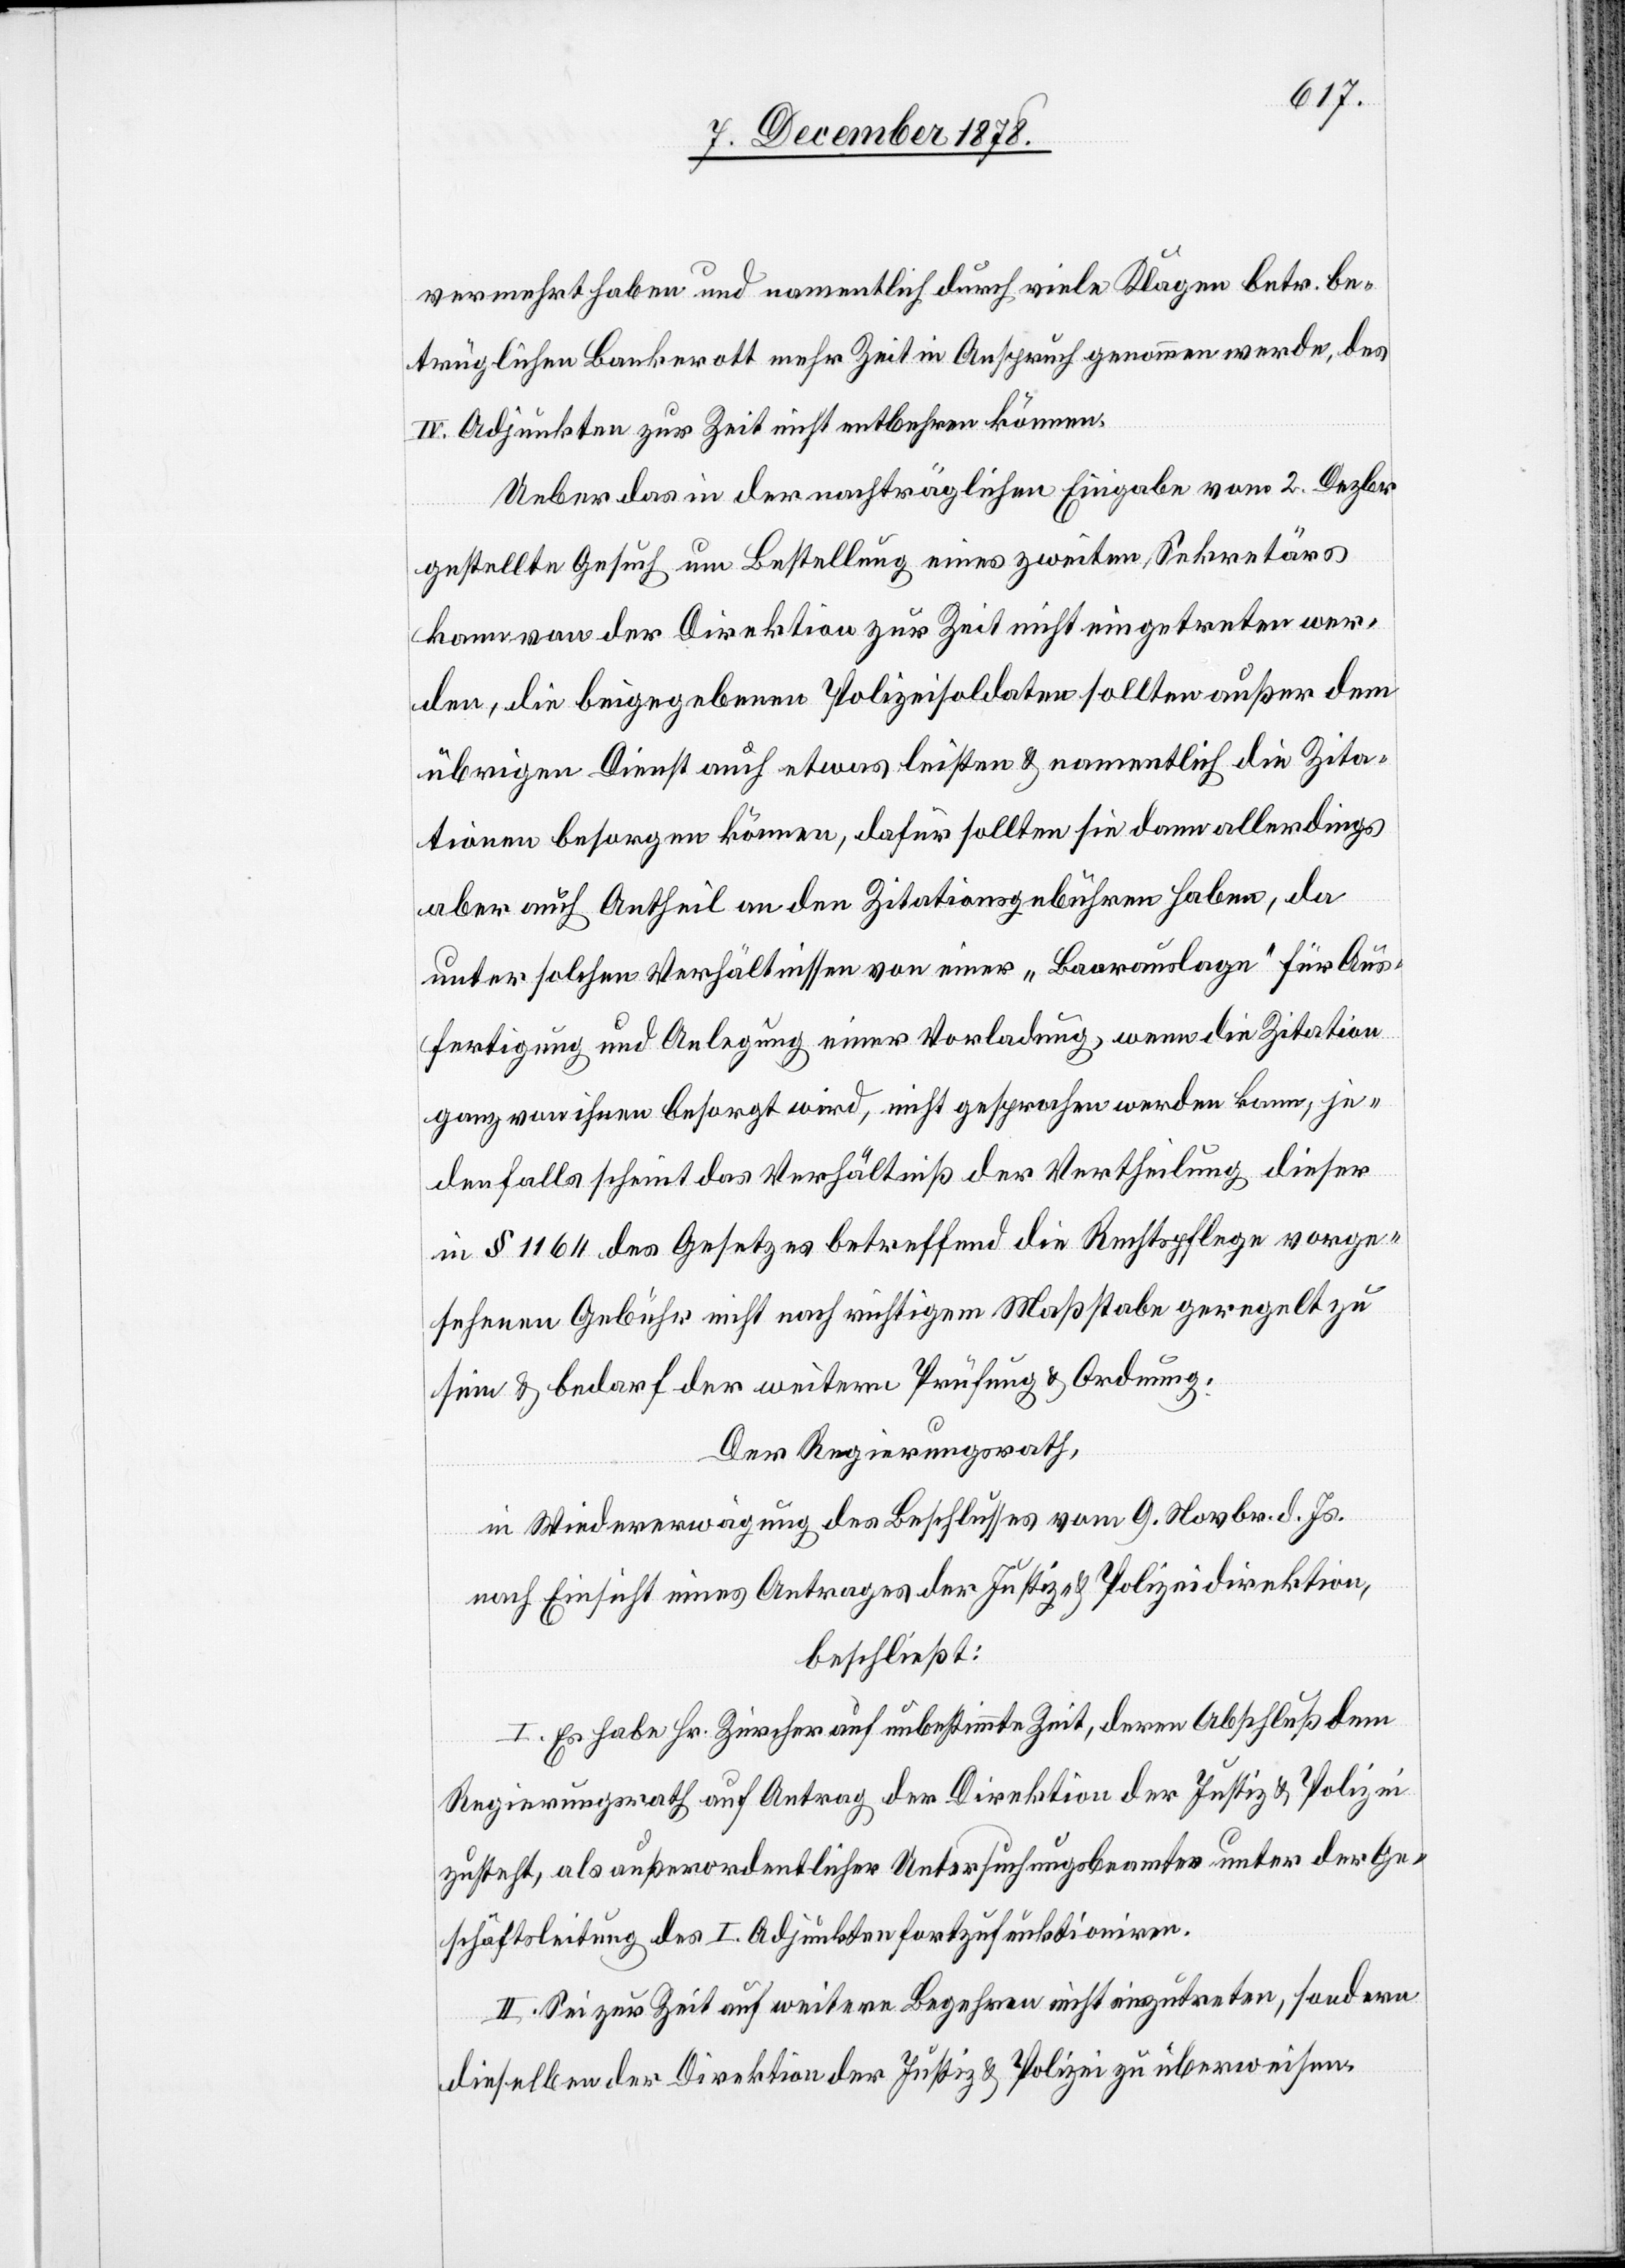
vermehrt haben und namentlich durch viele Klagen betr. be¬
trüglichen Bankerott mehr Zeit in Anspruch genommen werde, des
IV. Adjunkten zur Zeit nicht entbehren können.
Ueber das in der nachträglichen Eingabe vom 2. Dezbr.
gestellte Gesuch um Bestellung eines zweiten Sekretärs
kann von der Direktion zur Zeit nicht eingetreten wer¬
den, die beigegebenen Polizeisoldaten sollten außer dem
übrigen Dienst auch etwas leisten & namentlich die Zita¬
tionen besorgen können, dafür sollten sie dann allerdings
aber auch Antheil an den Zitationsgebühren haben, da
unter solchen Verhältnissen von einer „Baarauslage“ für Aus¬
fertigung und Anlegung einer Vorladung, wenn die Zitation
ganz von ihnen besorgt wird, nicht gesprochen werden kann, je¬
denfalls scheint das Verhältniß der Vertheilung dieser
in § 1164 des Gesetzes betreffend die Rechtspflege vorge¬
sehene Gebühr nicht nach richtigem Maßstabe geregelt zu
sein & bedarf der weitern Prüfung & Ordnung.
Der Regierungsrath,
in Wiedererwägung des Beschlusses vom 9. Novbr. d. Js.
nach Einsicht eines Antrages der Justiz- & Polizeidirektion,
beschließt:
I. Es habe Hr. Zürcher auf unbestimmte Zeit, deren Abschluß dem
Regierungsrath auf Antrag der Direktion der Justiz & Polizei,
Geschäftsleitung des I. Adjunkten fortzufunktioniren.
II. Sei zur Zeit auf weitere Begehren nicht einzutreten, sondern
dieselben der Direktion der Justiz & Polizei zu überweisen.